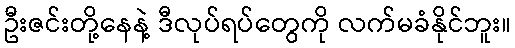
ဦးဇင်းတို့နေနဲ့ ဒီလုပ်ရပ်တွေကို လက်မခံနိုင်ဘူး။